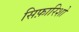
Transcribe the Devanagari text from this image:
सिफ़ारिशो